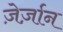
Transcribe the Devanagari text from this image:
ज़ेर्ज़ान